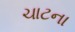
ચાટના